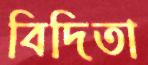
বিদিতা